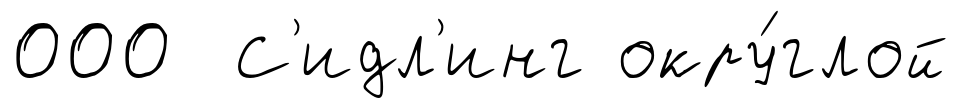
000 С'идл'инг окру́глой